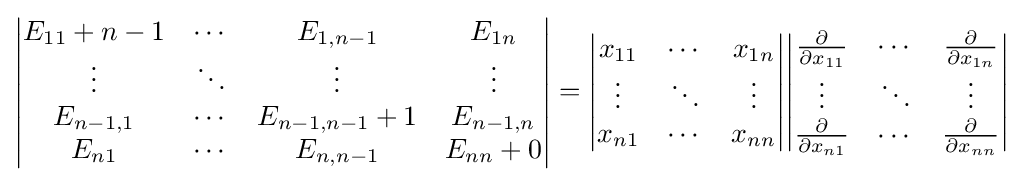
{\begin{vmatrix}E_{11}+n-1&\cdots &E_{1,n-1}&E_{1n}\\\vdots &\ddots &\vdots &\vdots \\E_{n-1,1}&\cdots &E_{n-1,n-1}+1&E_{n-1,n}\\E_{n1}&\cdots &E_{n,n-1}&E_{nn}+0\end{vmatrix}}={\begin{vmatrix}x_{11}&\cdots &x_{1n}\\\vdots &\ddots &\vdots \\x_{n1}&\cdots &x_{nn}\end{vmatrix}}{\begin{vmatrix}{\frac {\partial }{\partial x_{11}}}&\cdots &{\frac {\partial }{\partial x_{1n}}}\\\vdots &\ddots &\vdots \\{\frac {\partial }{\partial x_{n1}}}&\cdots &{\frac {\partial }{\partial x_{nn}}}\end{vmatrix}}